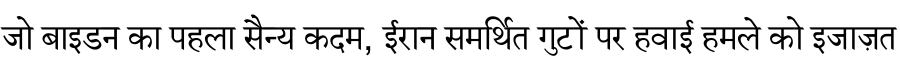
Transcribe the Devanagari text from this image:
जो बाइडन का पहला सैन्य कदम, ईरान समर्थित गुटों पर हवाई हमले को इजाज़त